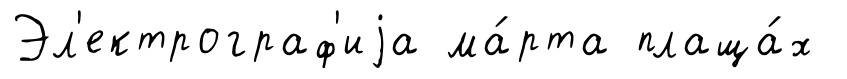
Эл'ектрограф'иjа ма́рта плаща́х